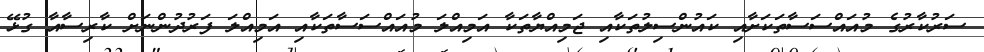
ސަރުކާރުގެ މުއައްސަސާތަކަށާއި ކައުންސިލުތަކާއި ޖަމިއްޔާތަކާ އަމިއްލަ މުއައްސަސާތަކާއި އަމިއްލަ ފަރުދުންނަށް ކާރިސާއާ ގުޅޭ